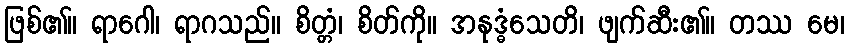
ဖြစ်၏။ ရာဂေါ၊ ရာဂသည်။ စိတ္တံ၊ စိတ်ကို။ အနုဒ္ဓံသေတိ၊ ဖျက်ဆီး၏။ တဿ မေ၊